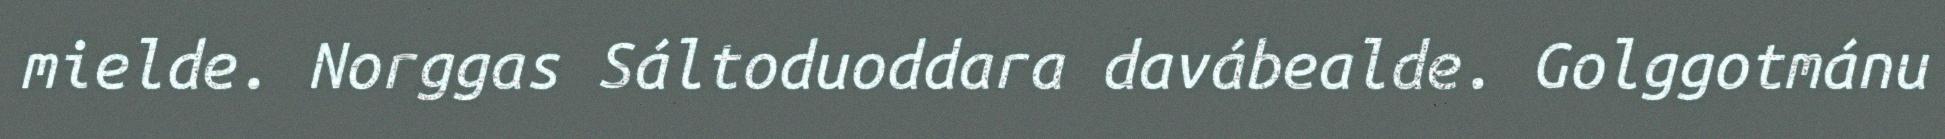
mielde. Norggas Sáltoduoddara davábealde. Golggotmánu